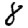
Digit: 8